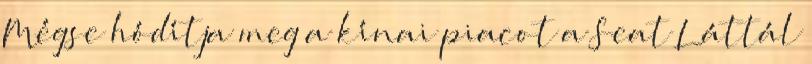
Mégse hódítja meg a kínai piacot a Seat Láttál